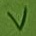
Text: V